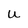
Character: U